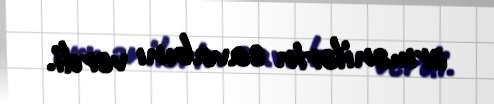
ermənilərin cavabını verdi.